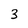
Character: 3